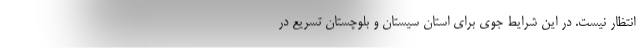
انتظار نیست. در این شرایط جوی برای استان سیستان و بلوچستان تسریع در